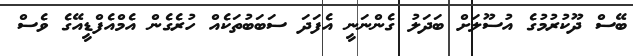
ބޭސް ދޫކުރުމުގެ އުސޫލަށް ބަދަލު ގެންނަނީ އެފަދަ ސަބަބުތަކެއް ހުރެގެން އެމްއެފްޑީއޭގެ ވެސް